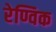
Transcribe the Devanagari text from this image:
रेण्विक